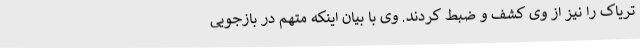
تریاک را نیز از وی کشف و ضبط کردند. وی با بیان اینکه متهم در بازجویی